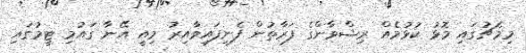
މިމެޗުގައި މޮޅު ކުޅުމެއް ރިޝްވާންގެ ފަރާތުން ފެނިފައިވާއިރު މިއީ އޭނާ ގައުމި ޓީމުގައި